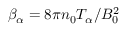
\beta _ { \alpha } = 8 \pi n _ { 0 } T _ { \alpha } / B _ { 0 } ^ { 2 }